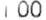
1.00